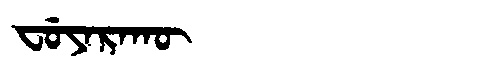
Manchu: ᠸᡠᠶᠠᡵᠠᡴᡡ
Romanization: FUYARAKŪ